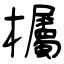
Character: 欘